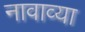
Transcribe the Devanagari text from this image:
नावाव्या